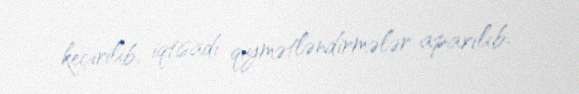
keçirilib, iqtisadi qiymətləndirmələr aparılıb.